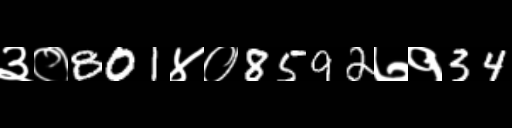
Text: ३०801४०8592७१34